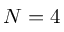
{ N = 4 }